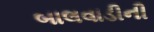
બાલવાડીની